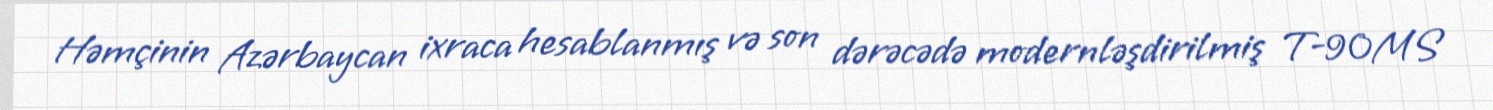
Həmçinin Azərbaycan ixraca hesablanmış və son dərəcədə modernləşdirilmiş T-90MS